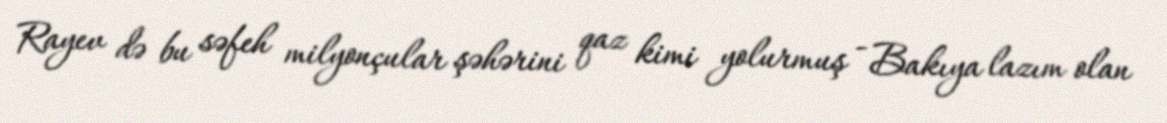
Rayev də bu səfeh milyonçular şəhərini qaz kimi yolurmuş - Bakıya lazım olan